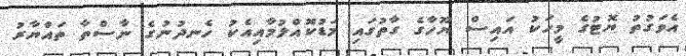
އެވަގުތު ޔޮޓުގެ މީހަކު އައިސް ޔޫހާގެ ގާތުގައި މަޑުކޮއްލުމާއިއެކު ހެނދުނުގެ ނާސްތާ ތައްޔާރު